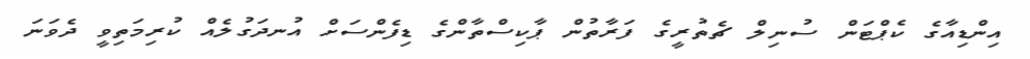
އިންޑިއާގެ ކެޕްޓަން ސުނިލް ޗެތުރީގެ ފަރާތުން ޕާކިސްތާންގެ ޑިފެންސަށް އުނދަގުލެއް ކުރިމަތިވީ ދެވަނަ